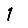
Digit: 1